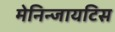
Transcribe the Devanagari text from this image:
मेनिन्जायटिस